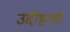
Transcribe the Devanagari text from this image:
उद्दीष्टांशी